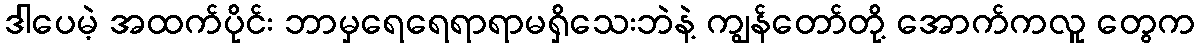
ဒါပေမဲ့ အထက်ပိုင်း ဘာမှရေရေရာရာမရှိသေးဘဲနဲ့ ကျွန်တော်တို့ အောက်ကလူ တွေက